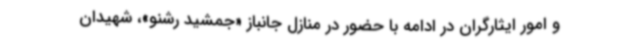
و امور ایثارگران در ادامه با حضور در منازل جانباز «جمشید رشنو»، شهیدان